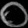
Digit: ၀